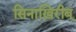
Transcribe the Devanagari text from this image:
सिनाख़िरीब्